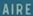
AIRE